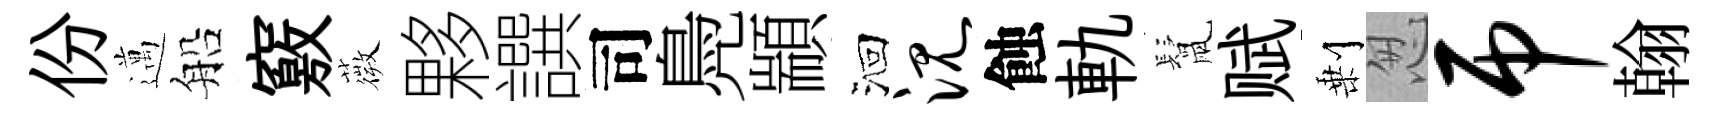
份邁船竅薇夥譔司鳧顓洄沉蝕軌鬛赋剰怱吊翰